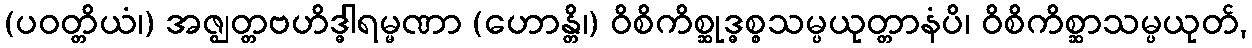
(ပဝတ္တိယံ၊) အဇ္ဈတ္တဗဟိဒ္ဓါရမ္မဏာ (ဟောန္တိ၊) ဝိစိကိစ္ဆုဒ္ဓစ္စသမ္ပယုတ္တာနံပိ၊ ဝိစိကိစ္ဆာသမ္ပယုတ်,